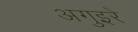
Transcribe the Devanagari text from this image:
अगुइरे